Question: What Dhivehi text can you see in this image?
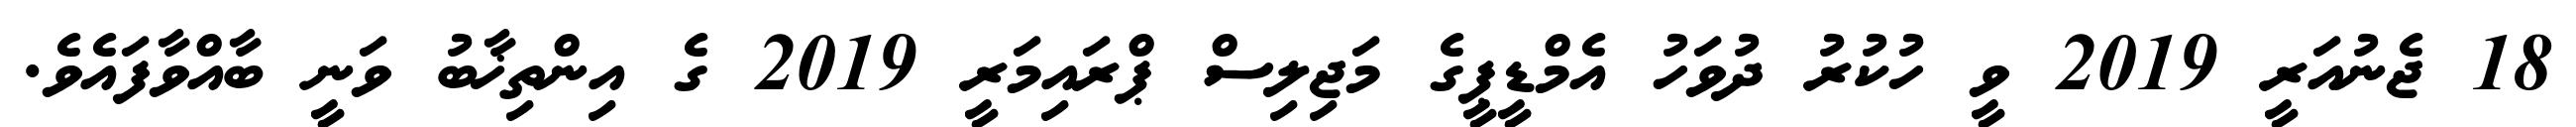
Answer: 18 ޖެނުއަރީ 2019 ވީ ހުކުރު ދުވަހު އެމްޑީޕީގެ މަޖިލިސް ޕްރައިމަރީ 2019 ގެ އިންތިޚާބު ވަނީ ބާއްވާފައެވެ.